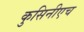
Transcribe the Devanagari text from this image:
कुसिनीएच